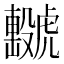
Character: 𧈖